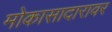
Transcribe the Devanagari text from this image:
मोकासादारावर